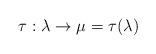
LaTeX: \begin{align*} \tau : \lambda \to \mu=\tau(\lambda)\end{align*}